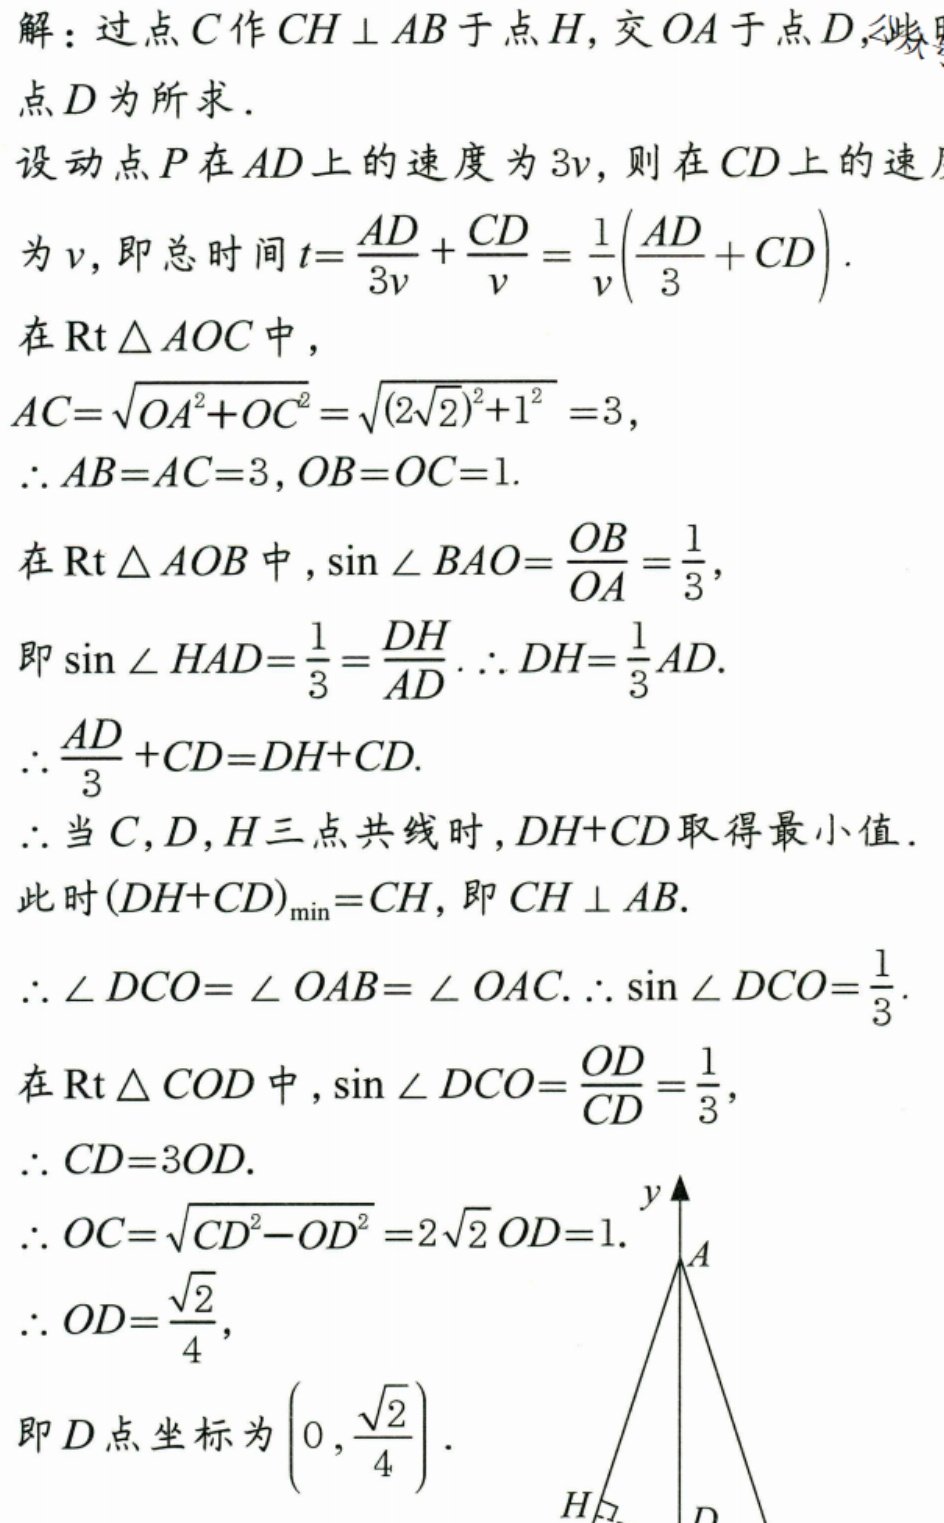
解：过点\(C\)作\(CH\perp AB\)于点\(H\)，交\(OA\)于点\(D\)，
点\(D\)为所求．
设动点\(P\)在\(AD\)上的速度为\(3v\)，则在\(CD\)上的速度
为\(v\)，即总时间\(t = \dfrac{AD}{3v}+\dfrac{CD}{v}=\dfrac{1}{v}\left(\dfrac{AD}{3}+CD\right)\).
在\(\text{Rt}\triangle AOC\)中，
\(AC = \sqrt{OA^{2}+OC^{2}}=\sqrt{(2\sqrt{2})^{2}+1^{2}} = 3\)，
\(\therefore AB = AC = 3\)，\(OB = OC = 1\).
在\(\text{Rt}\triangle AOB\)中，\(\sin\angle BAO=\dfrac{OB}{OA}=\dfrac{1}{3}\)，
即\(\sin\angle HAD=\dfrac{1}{3}=\dfrac{DH}{AD}\). \(\therefore DH=\dfrac{1}{3}AD\).
\(\therefore\dfrac{AD}{3}+CD = DH + CD\).
\(\therefore\)当\(C\)，\(D\)，\(H\)三点共线时，\(DH + CD\)取得最小值．
此时\((DH + CD)_{\min}=CH\)，即\(CH\perp AB\).
\(\therefore\angle DCO=\angle OAB=\angle OAC\). \(\therefore\sin\angle DCO=\dfrac{1}{3}\).
在\(\text{Rt}\triangle COD\)中，\(\sin\angle DCO=\dfrac{OD}{CD}=\dfrac{1}{3}\)，
\(\therefore CD = 3OD\).
\(\therefore OC=\sqrt{CD^{2}-OD^{2}} = 2\sqrt{2}OD = 1\).
\(\therefore OD=\dfrac{\sqrt{2}}{4}\)，
即\(D\)点坐标为\(\left(0,\dfrac{\sqrt{2}}{4}\right)\).